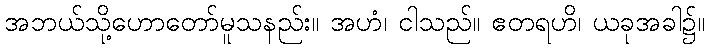
အဘယ်သို့ဟောတော်မူသနည်း။ အဟံ၊ ငါသည်။ ဧတရဟိ၊ ယခုအခါ၌။